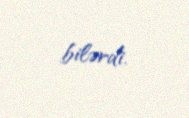
bilərdi.